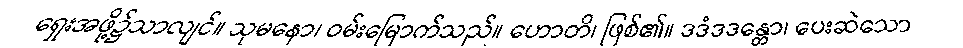
ရှေးအဖို့၌သာလျင်။ သုမနော၊ ဝမ်းမြောက်သည်။ ဟောတိ၊ ဖြစ်၏။ ဒဒံဒဒန္တော၊ ပေးဆဲသော